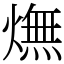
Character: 㷻